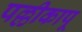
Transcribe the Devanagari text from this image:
पल्लीकापू